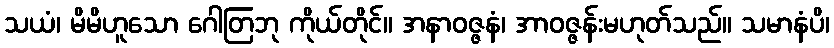
သယံ၊ မိမိဟူသော ဂေါတြဘု ကိုယ်တိုင်။ အနာဝဇ္ဇနံ၊ အာဝဇ္ဇန်းမဟုတ်သည်။ သမာနံပိ၊